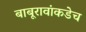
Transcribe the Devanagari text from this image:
बाबूरावांकडेच